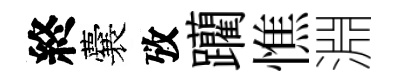
終囊攷躪憔淵